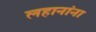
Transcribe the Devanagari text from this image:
लहानांना